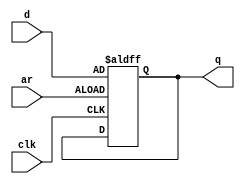
module top_module (
    input clk,
    input d, 
    input ar,   // asynchronous reset
    output q);

    reg q;
    
    always @(posedge clk or posedge ar) begin
        if (ar) begin
            q <= d;
        end
    end

endmodule